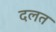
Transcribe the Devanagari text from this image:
दलत